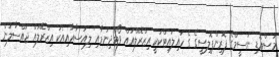
މަސްއޮޑި ނަސީމްގެ ފޮރިންޕޮލިސީގެ ގެ ހައިލައިޓްކަކީ އިޒްރޭލްއައް ވޯޓްދިނުމާއި' ލިއުސާއާއިއެކު އިޒްރޭލައް ޖައްސާލުން